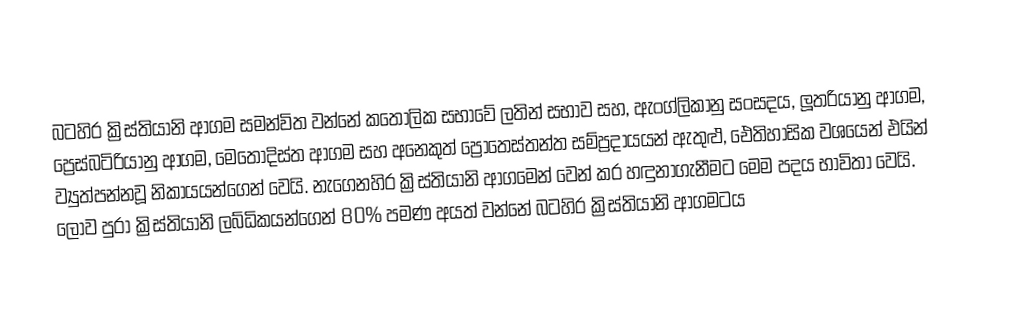
බටහිර ක්‍රිස්තියානි ආගම සමන්විත වන්නේ  කතෝලික සභාවේ  ලතින් සභාව සහ, ඇංග්ලිකානු සංසදය, ලූතරියානු ආගම, ප්‍රෙස්බටිරියානු ආගම, මෙතෝදිස්ත ආගම සහ අනෙකුත්  ප්‍රොතෙස්තන්ත සම්ප්‍රදායයන් ඇතුළු, ඓතිහාසික වශයෙන් එයින් ව්‍යුත්පන්නවූ නිකායයන්ගෙන් වෙයි. නැගෙනහිර ක්‍රිස්තියානි ආගමෙන් වෙන් කර හඳුනාගැනීමට මෙම පදය භාවිතා වෙයි.  ලොව පුරා ක්‍රිස්තියානි ලබ්ධිකයන්ගෙන් 80% පමණ අයත් වන්නේ බටහිර ක්‍රිස්තියානි ආගමටය